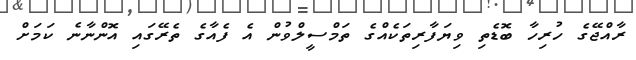
ރާއްޖޭގެ ހުރިހާ ބޮޑެތި ވިޔަފާރިތަކެއްގެ ތަމްސީލްވުން އެ ފެއާގެ ތެރޭގައި އޮންނާނެ ކަމަށް